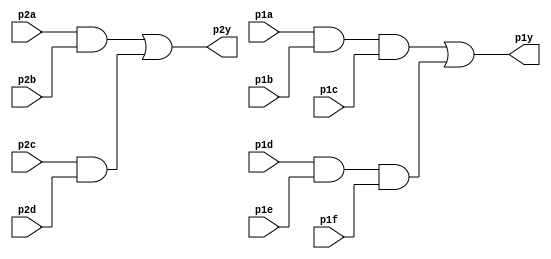
module top_module ( 
    input p1a, p1b, p1c, p1d, p1e, p1f,
    output p1y,
    input p2a, p2b, p2c, p2d,
    output p2y );
	wire w1, w2, w3, w4;
    assign w1 = p2a & p2b;
    assign w2 = p1a & p1b & p1c;
    assign w3 = p2c & p2d;
    assign w4 = p1d & p1e & p1f;
    
    assign p1y = w2 | w4;
    assign p2y = w1 | w3;
    

endmodule